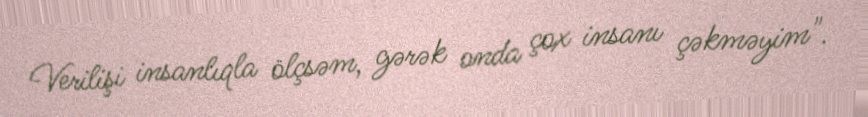
Verilişi insanlıqla ölçsəm, gərək onda çox insanı çəkməyim".